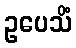
ဥပေသိံ